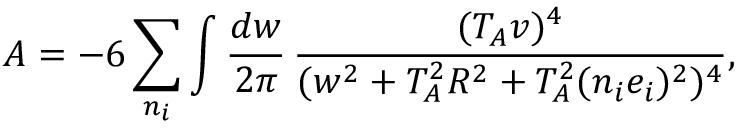
A = - 6 \sum _ { n _ { i } } \int \frac { d w } { 2 \pi } \, \frac { ( T _ { A } v ) ^ { 4 } } { ( w ^ { 2 } + T _ { A } ^ { 2 } R ^ { 2 } + T _ { A } ^ { 2 } ( n _ { i } e _ { i } ) ^ { 2 } ) ^ { 4 } } ,